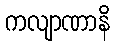
ကလျာဏာနိ